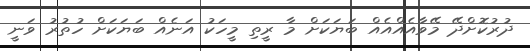
ދުރުކޮށްދޭ މޭވާއެއްއެއް ބަޔަކަށް މާ ރީތި މީހަކު އަނެއް ބަޔަކަށް ހުތުރު ވަނީ